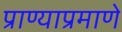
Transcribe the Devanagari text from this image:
प्राण्याप्रमाणे